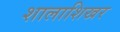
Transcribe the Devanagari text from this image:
शालाशिखर